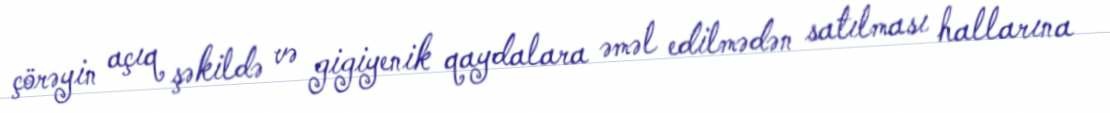
çörəyin açıq şəkildə və gigiyenik qaydalara əməl edilmədən satılması hallarına